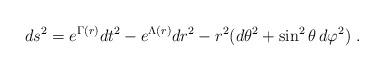
LaTeX: \begin{align*}ds^2=e^{\Gamma(r)} dt^2-e^{\Lambda(r)} dr^2 -r^2(d\theta^2+\sin ^2\theta \, d\varphi^2)\,\,.\end{align*}